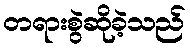
တရားစွဲဆိုခဲ့သည်